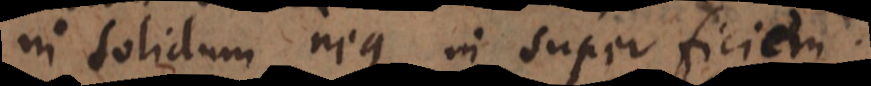
in solidum neque in superficiem.